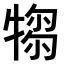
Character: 𤛃